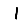
Digit: 1